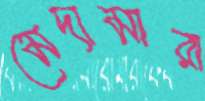
মেদামারা